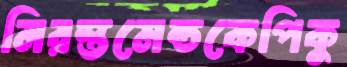
নিরস্তমেন্ডকেপিকু